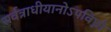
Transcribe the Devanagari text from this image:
सर्वत्राधीयानोऽपविघ्नो